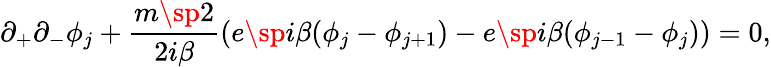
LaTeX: \partial_{+}\partial_{-}\phi_{j}+\frac{m\sp{2}}{2i\beta}(e\sp{i\beta(\phi_{j}-\phi_{j+1})}-e\sp{i\beta(\phi_{j-1}-\phi_{j})})=0,